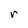
Character: r